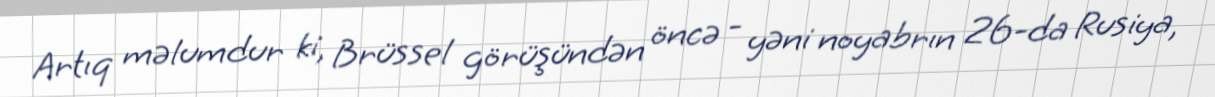
Artıq məlumdur ki, Brüssel görüşündən öncə - yəni noyabrın 26-da Rusiya,